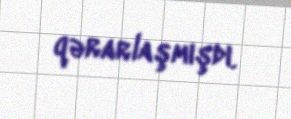
qərarlaşmışdı.